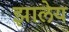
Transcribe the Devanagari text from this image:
झालेय